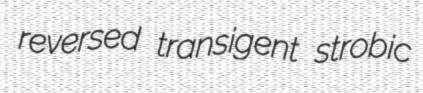
reversed transigent strobic